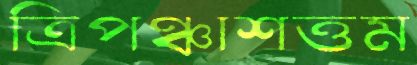
ত্রিপঞ্চাশত্তম